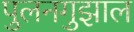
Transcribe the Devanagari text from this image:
पुलनगुझाल